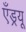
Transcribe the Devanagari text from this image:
एँड्रयू